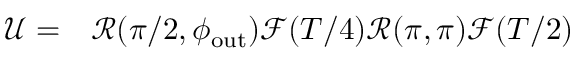
\begin{array} { r l } { \mathcal { U } = } & { { } \mathcal { R } ( \pi / 2 , \phi _ { \mathrm { o u t } } ) \mathcal { F } ( T / 4 ) \mathcal { R } ( \pi , \pi ) \mathcal { F } ( T / 2 ) } \end{array}